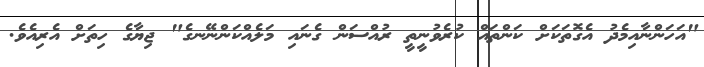
"އަހަންނާއިމެދު އެގޮތަކަށް ކަންތައް ކުރެވުނީތީ ރުއްސަން ގެނައި މަލެއްކަންނޭނގެ" ޖިޔާގެ ހިތަށް އެރިއެވެ.